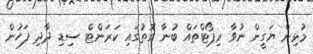
މުޅިން ޔަގީން ނުވާ ރިޕޯޓްތައް ބުނާ ގޮތުގައި ކަރަންޓް ސިޑި ދާދި ފަހުން